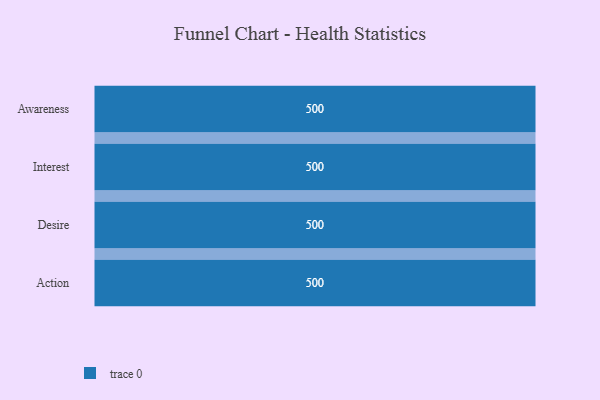
{"axis": {"x": "Stage", "y": "Value"}, "legend": [""], "data": [{"x": "Awareness", "y": 500, "type": ""}, {"x": "Interest", "y": 500, "type": ""}, {"x": "Desire", "y": 500, "type": ""}, {"x": "Action", "y": 500, "type": ""}]}